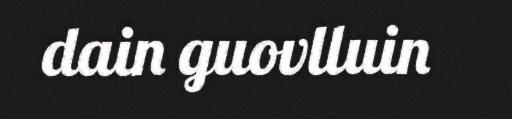
dain guovlluin